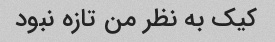
کیک به نظر من تازه نبود